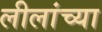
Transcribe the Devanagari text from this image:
लीलांच्या